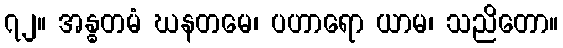
၇၂။ အန္ဓတမံ ဃနတမေ၊ ပဟာရော ယာမ၊ သညိတော။